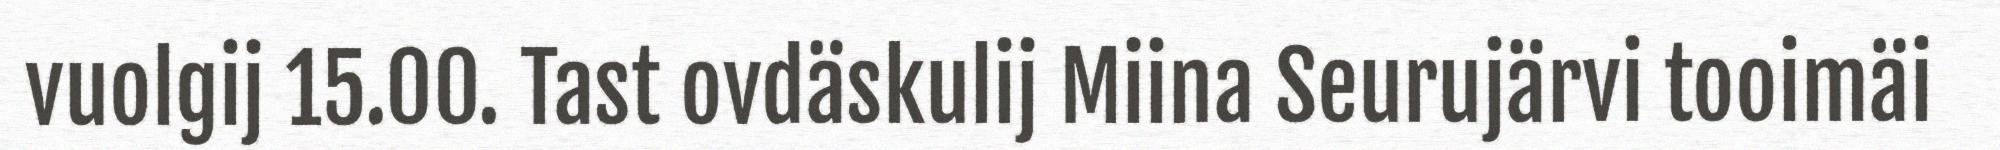
vuolgij 15.00. Tast ovdäskulij Miina Seurujärvi tooimäi